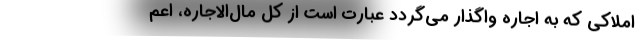
املاکی که به اجاره واگذار می‌گردد عبارت است از کل مال‌الاجاره، اعم